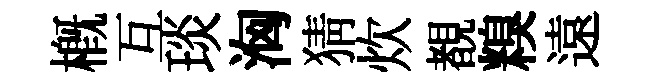
概互琰洶猜炊覩糗遠